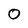
Character: 0